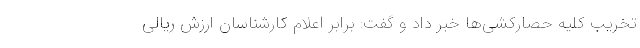
تخریب کلیه حصارکشی‌ها خبر داد و گفت: برابر اعلام کارشناسان ارزش ریالی